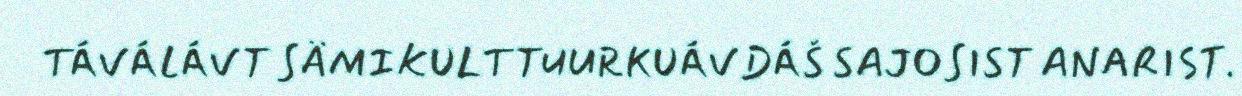
TÁVÁLÁVT SÄMIKULTTUURKUÁVDÁŠ SAJOSIST ANARIST.